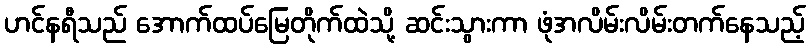
ဟင်နရီသည် အောက်ထပ်မြေတိုက်ထဲသို့ ဆင်းသွားကာ ဖုံအလိမ်းလိမ်းတက်နေသည့်